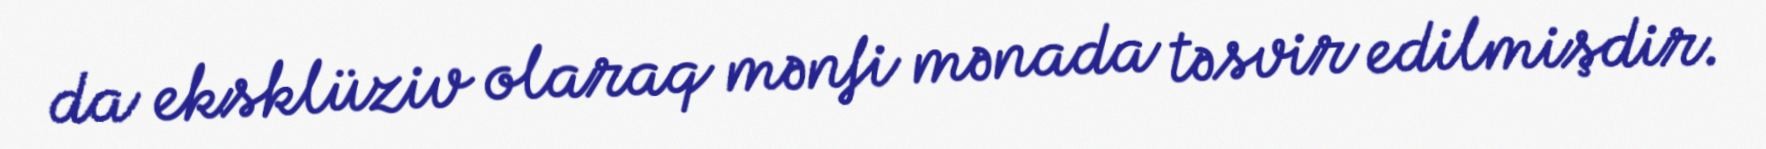
da eksklüziv olaraq mənfi mənada təsvir edilmişdir.